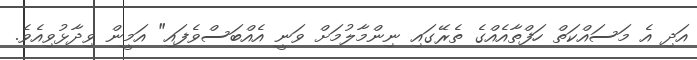
އަދި އެ މަސައްކަތް ހަފްތާއެއްގެ ތެރޭގައި ނިންމާލުމަށް ވަނީ އެއްބަސްވެފައި" އަމީން ވިދާޅުވިއެވެ.